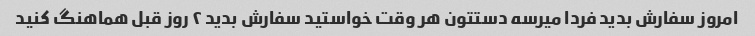
امروز سفارش بدید فردا میرسه دستتون هر وقت خواستید سفارش بدید ۲ روز قبل هماهنگ کنید